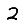
Digit: 2